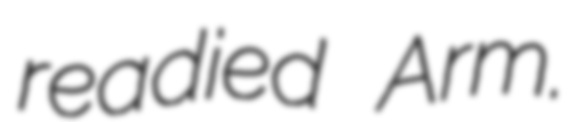
readied Arm.